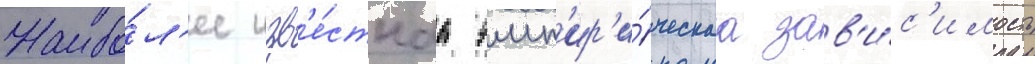
Наибо́л'ее изв'е́стнаа эмп'ир'и́ческаа зав'и́с'имость